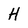
Character: H